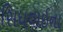
સિધવાઈના